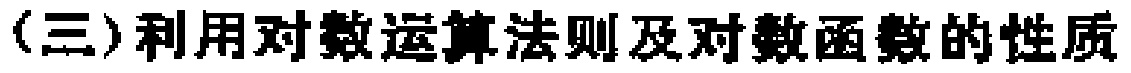
(三)利用对数运算法则及对数函数的性质